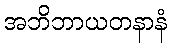
အဘိဘာယတနာနံ